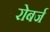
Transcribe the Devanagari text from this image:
रोबर्ज